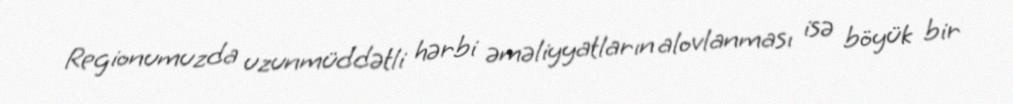
Regionumuzda uzunmüddətli hərbi əməliyyatların alovlanması isə böyük bir